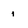
Character: 1